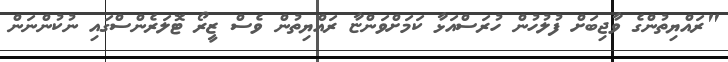
"ރައްޔިތުންގެ ވާޖިބަށް ފުލުހުން ހުރަސްއަޅާ ކަމަށްވަންޏާ ރައްޔިތުން ވެސް ޒީރޯ ޓޮލަރެންސްގައި ނުކުންނަން